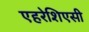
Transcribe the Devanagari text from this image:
एहरेशिएसी